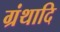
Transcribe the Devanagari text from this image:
ग्रंथादि